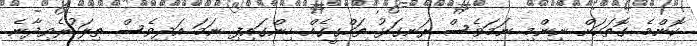
ކޮންމެ ގޮތަކަށް ނިންމި ނަމަވެސް ރަނގަޅު ތަހްގީގެއް ހިންގައިފި ނަމަ އަދިވެސް ތިލަކުރެވިދާނެ